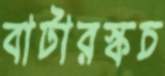
বাটারস্কচ